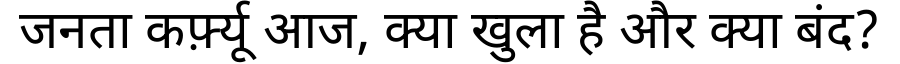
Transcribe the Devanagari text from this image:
जनता कर्फ़्यू आज, क्या खुला है और क्या बंद?